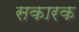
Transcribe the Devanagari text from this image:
सकारक